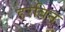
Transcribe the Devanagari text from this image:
डरबिन